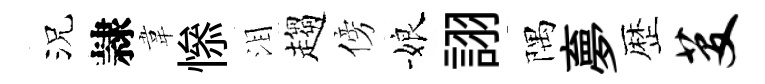
況隷韋𢡖泪趨傍娘詡隅夣歴芟